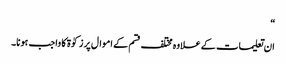
“
ان تعلیمات کے علاوہ مختلف قسم کے اموال پر زکوٰة کا واجب ہونا۔